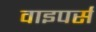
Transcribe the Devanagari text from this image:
वाइपर्स